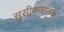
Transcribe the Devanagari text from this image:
सुसीमजातक